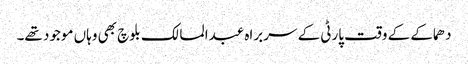
دھماکے کے وقت پارٹی کے سربراہ عبدالمالک بلوچ بھی وہاں موجود تھے۔